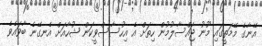
އޭނާގެ މޭމަތީގައި މޫނު ޖައްސާލުމުން ހިތަށް އެ އިހުސާސްވީކަން ޝުހާއަށް އެނގޭނެ ބާވައެވެ